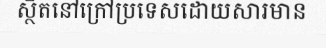
ស្ថិតនៅក្រៅប្រទេសដោយសារមាន